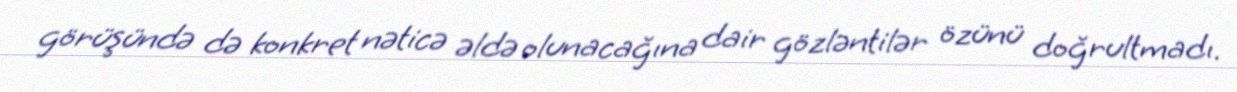
görüşündə də konkret nəticə əldə olunacağına dair gözləntilər özünü doğrultmadı.